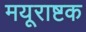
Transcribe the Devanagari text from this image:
मयूराष्टक